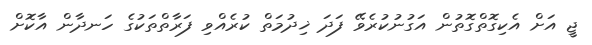
ޖީ އަށް އެކިގޮތްގޮތުން އަގުނުކުރެވޭ ފަދަ ޚިދުމަތް ކުރެއްވި ފަރާތްތަކުގެ ހަނދާން އާކޮށް